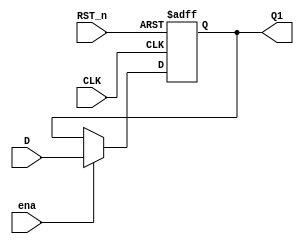
`timescale 1ns / 1ps
//////////////////////////////////////////////////////////////////////////////////
// Company: 
// Engineer: 
// 
// Design Name: 
// Module Name: Dff
// Project Name: 
// Target Devices: 
// Tool Versions: 
// Description: 
// 
// Dependencies: 
// 
// Revision:
// Revision 0.01 - File Created
// Additional Comments:
// 
//////////////////////////////////////////////////////////////////////////////////


module Dff(
    input CLK, //
    input D, //D
    input RST_n, //
    input ena,
    output reg Q1 //Q
    );
    always @(negedge CLK or posedge RST_n)
    begin
        if(RST_n==1)
        begin
            Q1<=0;
        end
        else
        begin
            if(ena==1)
            begin
                Q1<=D;
            end
        end
    end
endmodule